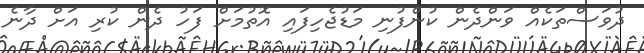
ދުވަސްތަކެއް ވަންދެން ކުންފުނި މަޑުޖެހިފައި އޮތުމަށް ފަހު ދެން ކުރި އަށް ދާނެ